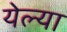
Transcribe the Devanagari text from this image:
येल्या